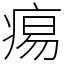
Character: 痬